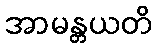
အာမန္တယတိ